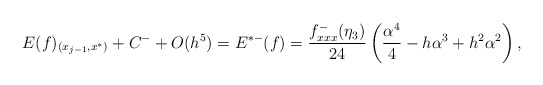
\begin{align*}E(f)_{(x_{j-1},x^*)}+C^-+O(h^5)=E^{*-}(f)=\frac{f^-_{xxx}(\eta_3) }{24}\left(\frac{\alpha^{4}}{4}-h{\alpha}^{3}+{h}^{2}{\alpha}^{2}\right),\end{align*}